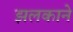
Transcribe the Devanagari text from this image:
झलकाने